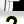
Digit: 2